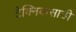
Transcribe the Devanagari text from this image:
टेक्निकसाठी